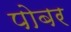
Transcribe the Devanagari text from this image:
पोबर